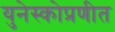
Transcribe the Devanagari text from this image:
युनेस्कोप्रणीत